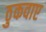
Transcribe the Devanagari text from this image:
ठुकवाए